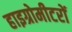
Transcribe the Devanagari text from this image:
हाइग्रोमीटरों